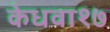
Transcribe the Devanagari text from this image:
केधवा१७